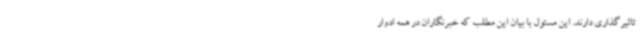
تاثیرگذاری دارند. این مسئول با بیان این مطلب که خبرنگاران در همه ادوار